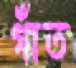
গাঁত